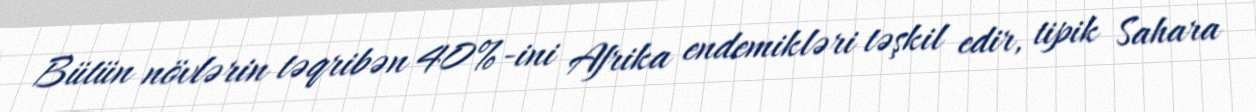
Bütün növlərin təqribən 40%-ini Afrika endemikləri təşkil edir, tipik Sahara